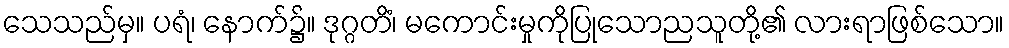
သေသည်မှ။ ပရံ၊ နောက်၌။ ဒုဂ္ဂတိံ၊ မကောင်းမှုကိုပြုသောညသူတို့၏ လားရာဖြစ်သော။